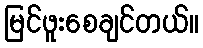
မြင်ဖူးစေချင်တယ်။